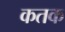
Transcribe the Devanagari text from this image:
कतक